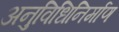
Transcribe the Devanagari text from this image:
अनुविधिनिर्माण